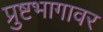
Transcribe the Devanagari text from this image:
प्रुष्टभागावर